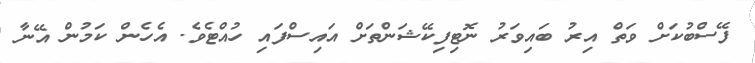
ފޭސްބުކަށް ވަތް އިރު ބައިވަރު ނޮޓިފިކޭޝަންތަށް އައިސްފައި ހުއްޓެވެ. އެހެން ކަމުން އޭނާ